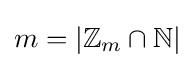
m=|\mathbb {Z} _{m}\cap \mathbb {N} |